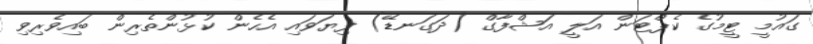
ގައުމީ ޓީމުގެ ކެޕްޓަން އަލީ އަޝްފާގް (ދަގަނޑޭ) ފިޔަވައި އެހެން ކުޅުންތެރިން ބައިވެރިވި